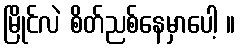
မြိုင်လဲ စိတ်ညစ်နေမှာပေါ့ ။